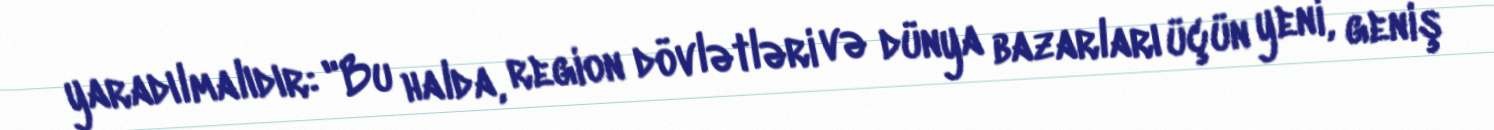
yaradılmalıdır: "Bu halda, region dövlətləri və dünya bazarları üçün yeni, geniş